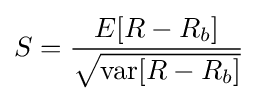
S={\frac {E[R-R_{b}]}{\sqrt {\mathrm {var} [R-R_{b}]}}}